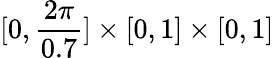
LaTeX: [0,\frac{2\pi}{0.7}]\times[0,1]\times[0,1]